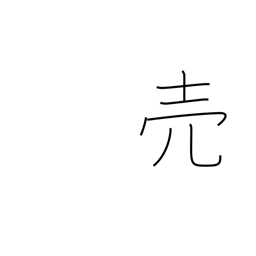
Meaning: sell